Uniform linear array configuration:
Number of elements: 4
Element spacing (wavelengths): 1
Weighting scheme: exponential
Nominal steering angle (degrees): -60
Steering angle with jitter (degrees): -60.224
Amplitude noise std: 0.05
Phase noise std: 0.05

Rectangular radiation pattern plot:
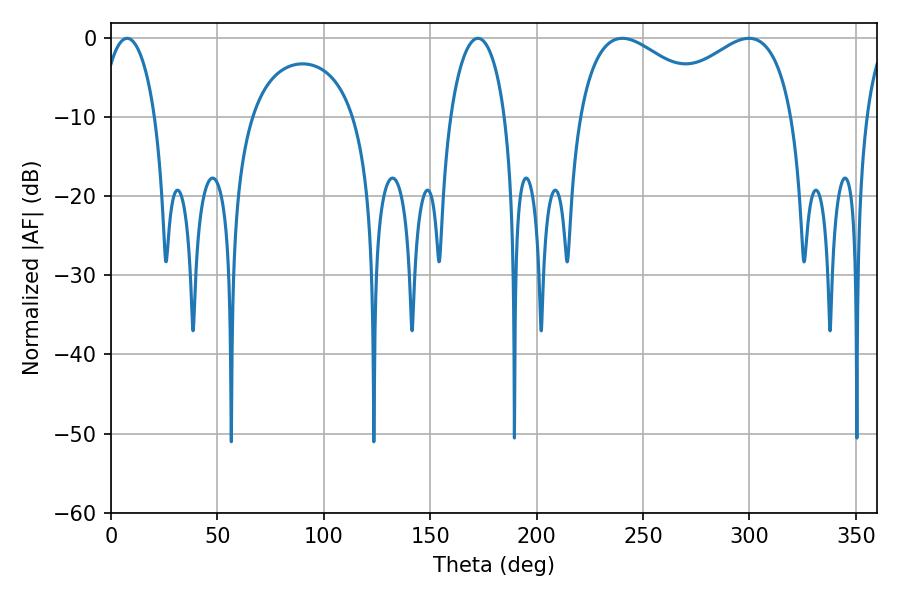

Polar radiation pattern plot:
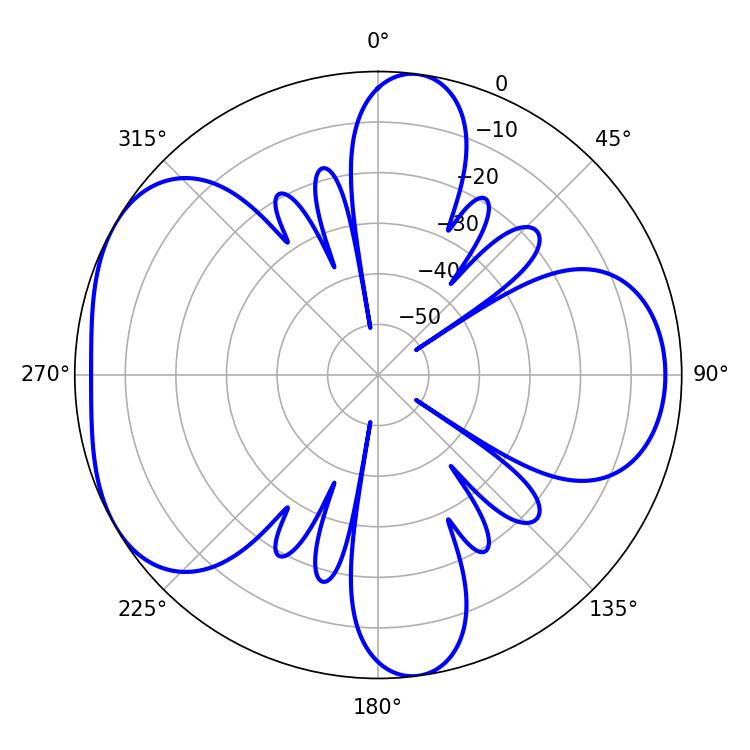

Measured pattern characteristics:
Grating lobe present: TRUE
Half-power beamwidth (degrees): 14.58
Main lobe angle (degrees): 7.56